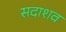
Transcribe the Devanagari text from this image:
सदाशव